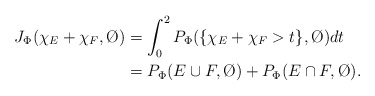
\begin{align*}J_\Phi(\chi_E+\chi_F,\O)&=\int_0^2P_\Phi(\{\chi_E+\chi_F>t\},\O)dt\\&=P_\Phi(E\cup F,\O)+P_\Phi(E\cap F,\O).\end{align*}